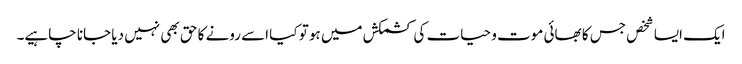
ایک ایسا شخص جس کا بھائی موت و حیات کی کشمکش میں ہو تو کیا اسے رونے کا حق بھی نہیں دیا جانا چاہیے۔